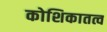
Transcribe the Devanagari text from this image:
कोशिकातत्व